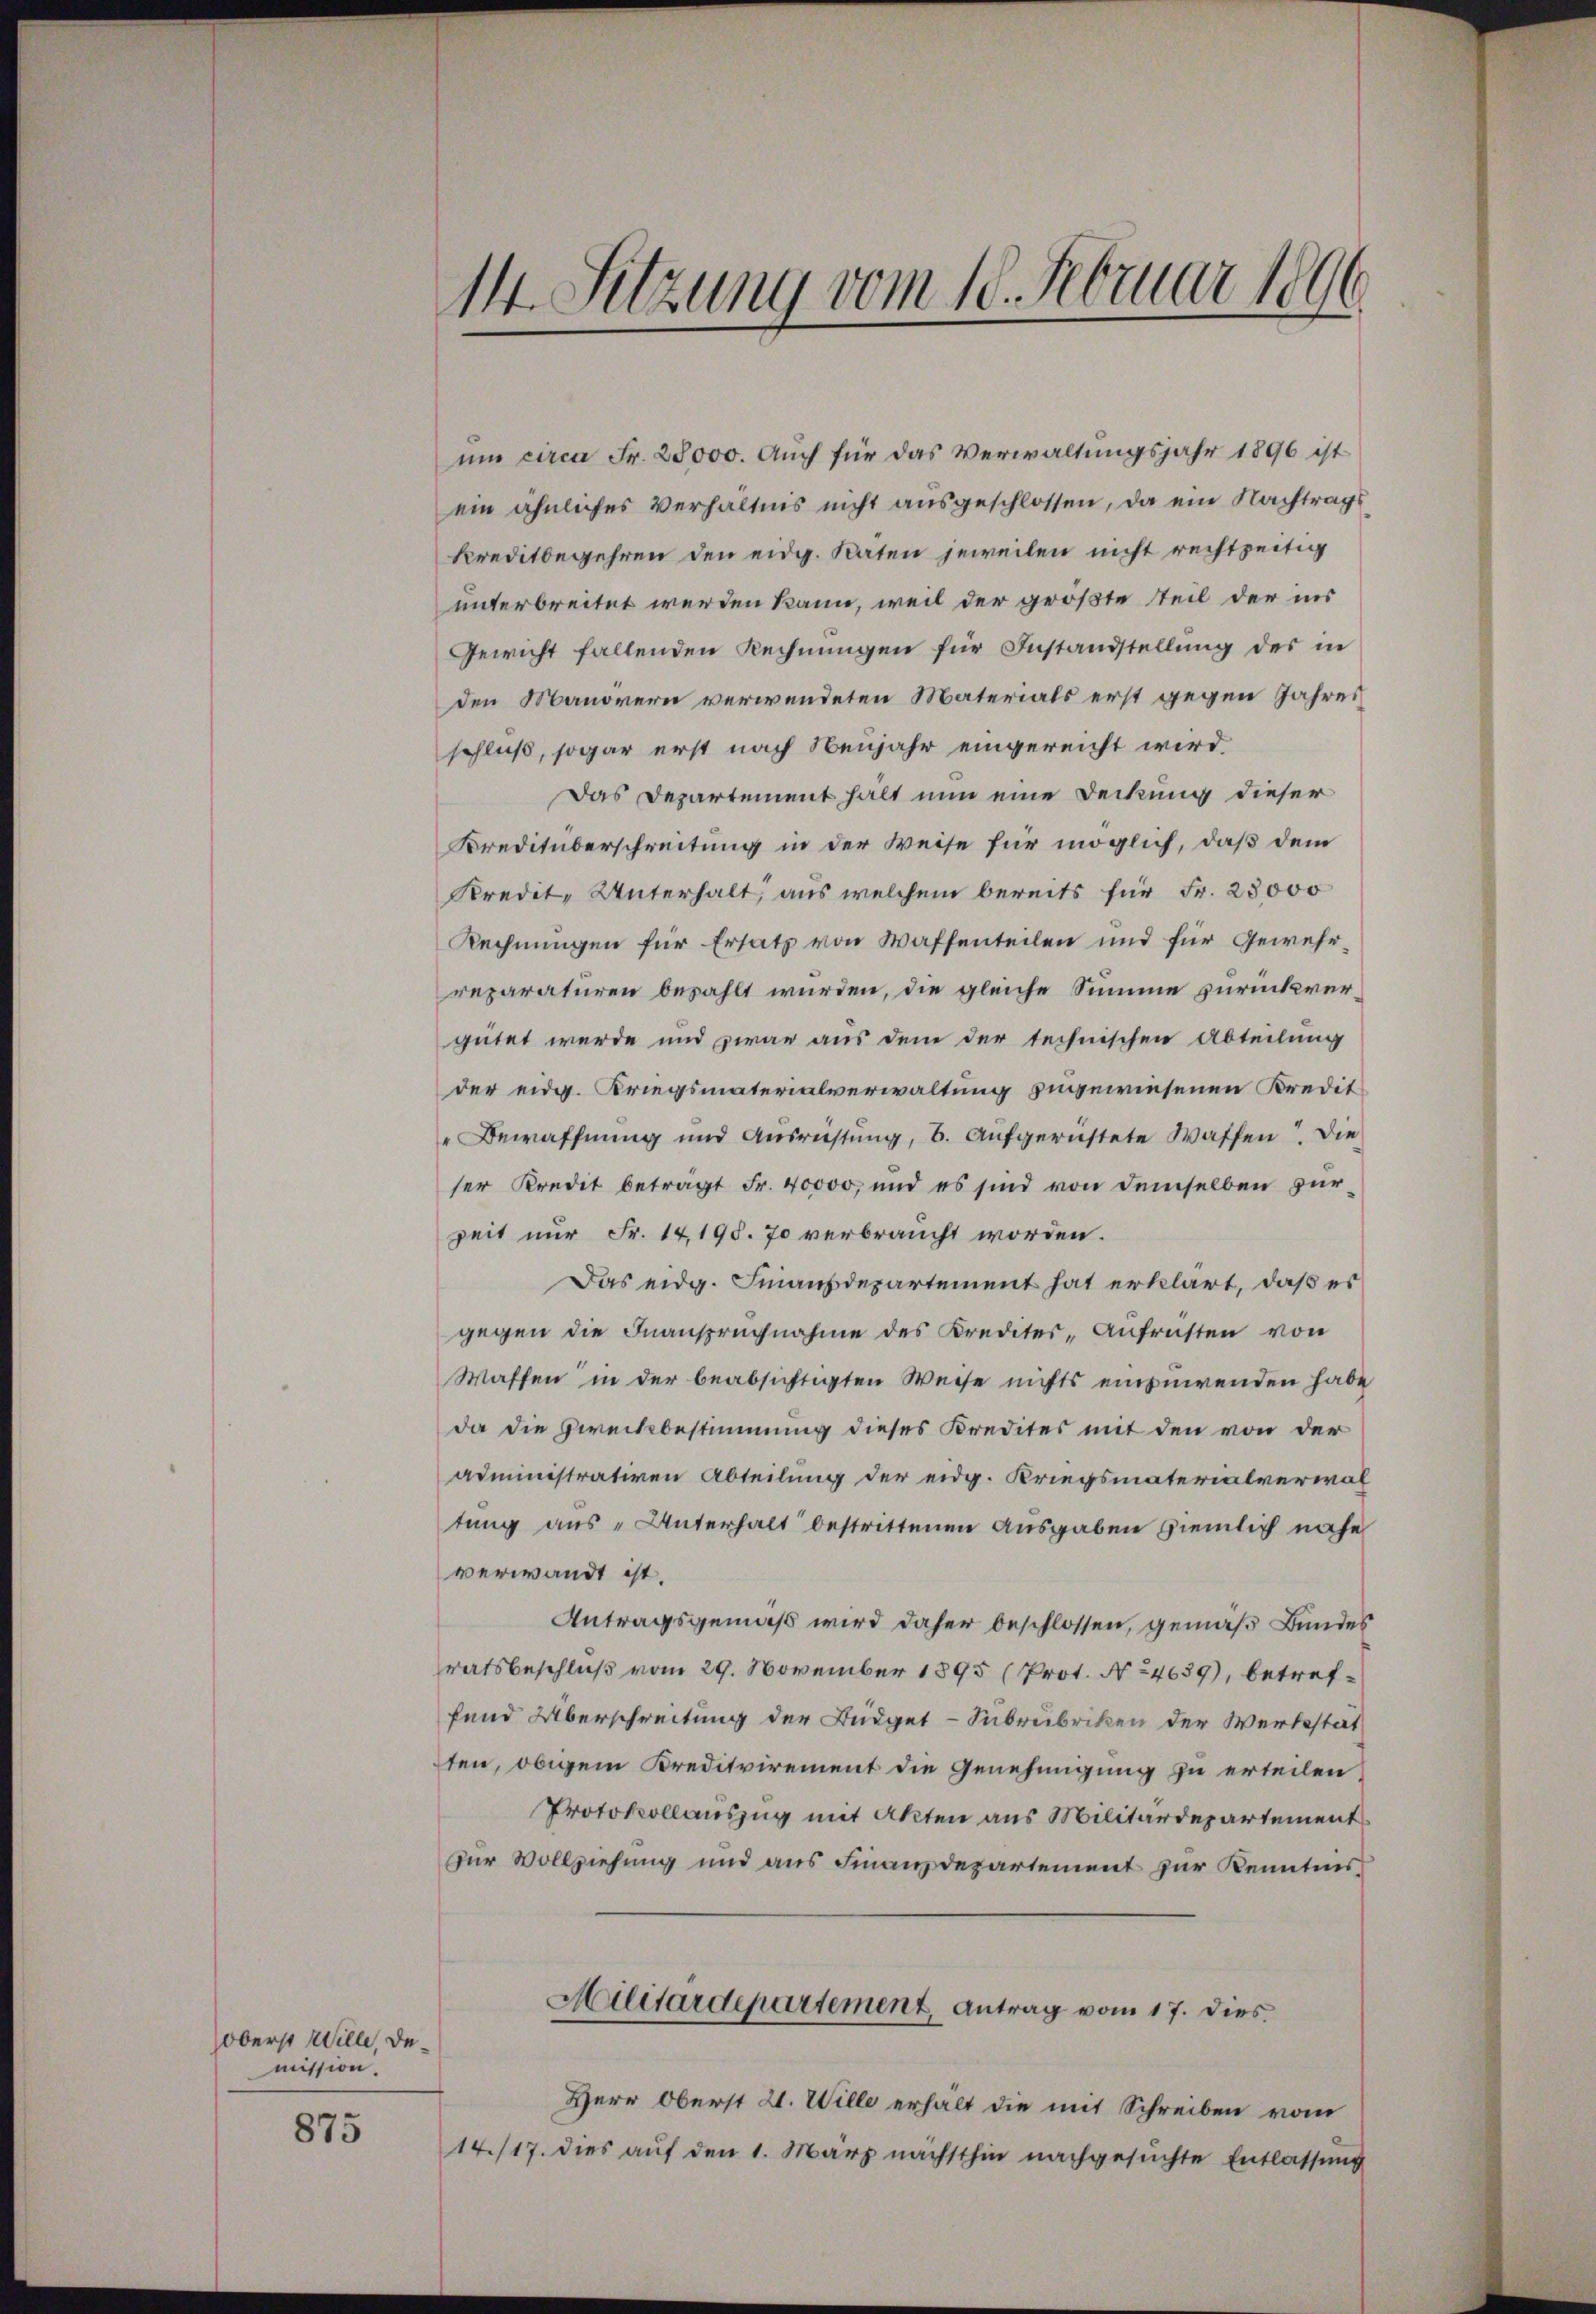
oberst Wille, demission.

875

14. Sitzung vom 10. Februar 1890

um circa Fr. 28000. Auch für das Verwaltungsjahr 1896 ist
ein ähnliches Verhältnis nicht ausgeschlossen, da ein Nachtrags
Kreditbegehren den eidg. Raten jeweilen nicht rechtzeitig
unterbreitet werden kann, weil der größte Teil der ins
Gewicht fallenden Rechnungen für Instandstellung des in
den Manövern verwendeten Materials erst gegen Jahres
schluß, sogar erst nach Neujahr eingereicht wird.
Das Departement halt nun eine Deckung dieser
Kreditüberschreitung in der Weise für möglich, daß dem
Kredit, Unterhalt, aus welchem bereits für Fr. 28000
Rechnungen für Ersatz von Waffenteilen und für Gewehrreparaturen bezahlt wurden, die gleiche Summe zurückvergütet werde und zwar aus den der technischen Abteilung
der eidg. Kriegsmaterialverwaltung angewiesenen Kredit
Bewaffnung und Ausrüstung, B. aufgerüstete Waffen. Die
ser Kredit beträgt Fr. 40000, und es sind von demselben für
zeit nur Fr. 14198. 70 verbraucht worden.
Das eidg. Finanzdepartement hat erklärt, daß es
gegen die Inanspruchnahme des Krediter-Aufrüsten von
Waffen in der beabsichtigten Weise nichts einzuwenden habe
da die Zweckbestimmung dieses Kredites mit den von der
administrativen Abteilung der eidg. Kriegsmaterialverwal
tung aus - Unterhalt bestrittenen Ausgaben ziemlich nahe
verwandt ist.
Antragsgemäß wird daher beschlossen, gemäß Bundes
ratsbeschluß vom 29. November 1895 (Prot. No 4639), betreffend Überschreitung der Büdget-Subrubriken der Wertestat
ten, obigem Kreditvirement die Genehmigung zu erteilen,
Protokollauszug mit Akten aus Militärdepartement
zur Vollziehung und aus Finanzdepartement zur Kenntnis
Militärdepartement, Antrag vom 17. dies
Herr Oberst 21. Wille erhält die mit Schreiben vom
14/17. dies auf den 1. März nächsthin nachgesuchte Entlassung